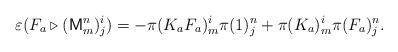
LaTeX: \begin{align*}\varepsilon(F_{a}\triangleright(\mathsf{M}_{m}^{n})_{j}^{i})=-\pi(K_{a}F_{a})_{m}^{i}\pi(1)_{j}^{n}+\pi(K_{a})_{m}^{i}\pi(F_{a})_{j}^{n}.\end{align*}